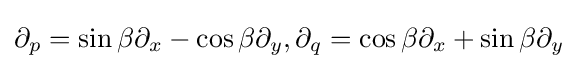
\partial _{p}=\sin \beta \partial _{x}-\cos \beta \partial _{y},\partial _{q}=\cos \beta \partial _{x}+\sin \beta \partial _{y}